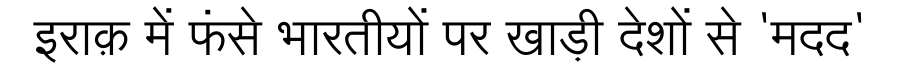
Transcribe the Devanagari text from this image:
इराक़ में फंसे भारतीयों पर खाड़ी देशों से 'मदद'